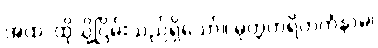
အထ၊ ထိုသို့ငြိမ်းသည်ရှိသော်။ မုတ္တဟရိတကံနာမ၊